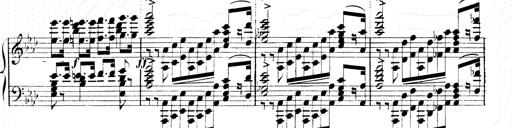
Title: 2 Transcriptions d'aprÃ¨s Rossini
Composer: Franz Liszt